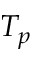
T _ { p }